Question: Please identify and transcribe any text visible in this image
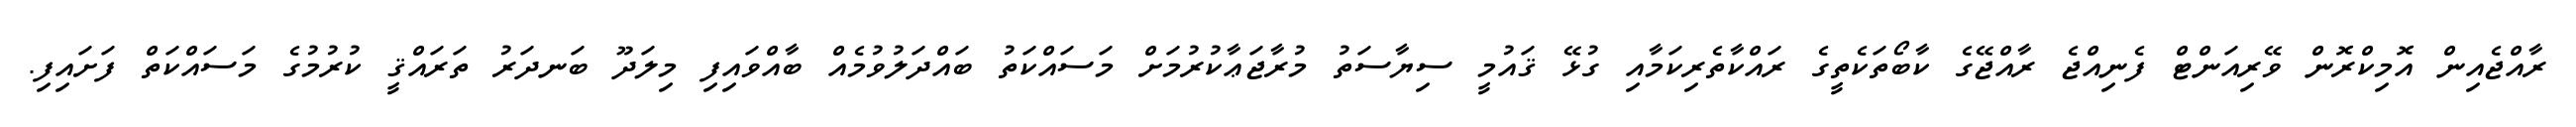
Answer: ރާއްޖެއިން އޮމިކްރޮން ވޭރިއަންޓް ފެނިއްޖެ ރާއްޖޭގެ ކާބޯތަކެތީގެ ރައްކާތެރިކަމާއި ގުޅޭ ޤައުމީ ސިޔާސަތު މުރާޖަޢާކުރުމަށް މަސައްކަތު ބައްދަލުވުމެއް ބާއްވައިފި މިލަދޫ ބަނދަރު ތަރައްޤީ ކުރުމުގެ މަސައްކަތް ފަށައިފި.